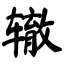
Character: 辙